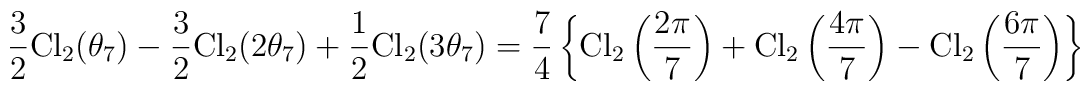
\frac32{\rm Cl}_2(\theta_7)-\frac32{\rm Cl}_2(2\theta_7)+\frac12{\rm Cl}_2(3\theta_7)=\frac74\left\{{\rm Cl}_2\left(\frac{2\pi}{7}\right)+{\rm Cl}_2\left(\frac{4\pi}{7}\right)-{\rm Cl}_2\left(\frac{6\pi}{7}\right)\right\}